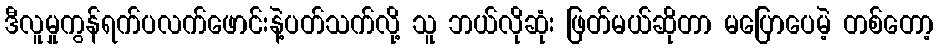
ဒီလူမှုကွန်ရက်ပလက်ဖောင်းနဲ့ပတ်သက်လို့ သူ ဘယ်လိုဆုံး ဖြတ်မယ်ဆိုတာ မပြောပေမဲ့ တစ်တော့